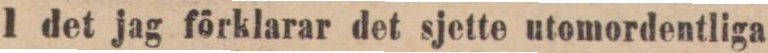
I det jag förklarar det sjette utomordentliga